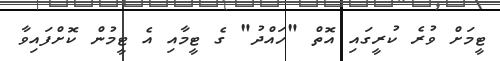
ޓީމަށް ވުރެ ކުރީގައި އޮތް "ހައްދު" ގެ ޓީމާއި އެ ޓީމުން ކޮށްފައިވާ